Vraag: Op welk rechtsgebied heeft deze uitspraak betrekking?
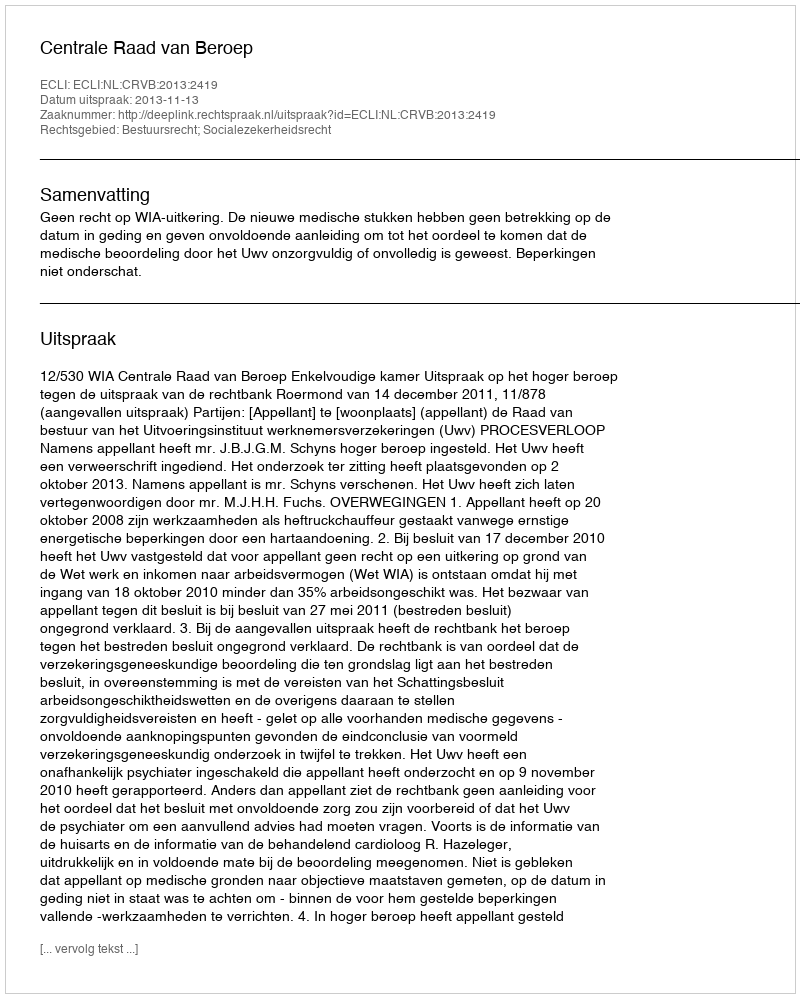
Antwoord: Bestuursrecht; Socialezekerheidsrecht